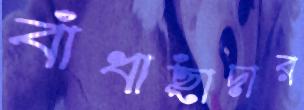
বাঁধাছাঁদার